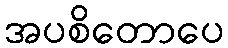
အပစိတောပေ